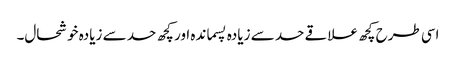
اسی طرح کچھ علاقے حد سے زیادہ پسماندہ اور کچھ حد سے زیادہ خوشحال۔